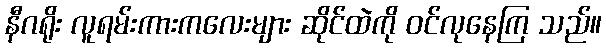
နီဂရိုး လူရမ်းကားကလေးများ ဆိုင်ထဲကို ဝင်လုနေကြ သည်။